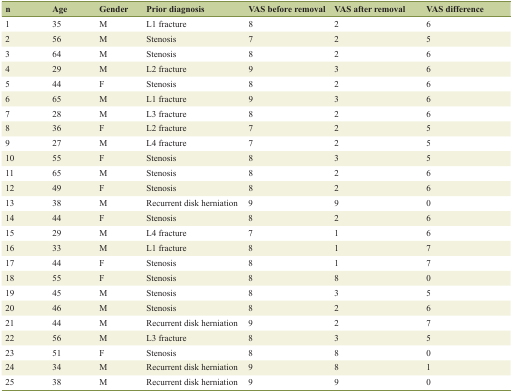
| n | Age | Gender | Prior diagnosis | VAS before removal | VAS after removal | VAS difference |
 | --- | --- | --- | --- | --- | --- | --- |
 | 1 | 35 | M | L1 fracture | 8 | 2 | 6 |
 | 2 | 56 | M | Stenosis | 7 | 2 | 5 |
 | 3 | 64 | M | Stenosis | 8 | 2 | 6 |
 | 4 | 29 | M | L2 fracture | 9 | 3 | 6 |
 | 5 | 44 | F | Stenosis | 8 | 2 | 6 |
 | 6 | 65 | M | L1 fracture | 9 | 3 | 6 |
 | 7 | 28 | M | L3 fracture | 8 | 2 | 6 |
 | 8 | 36 | F | L2 fracture | 7 | 2 | 5 |
 | 9 | 27 | M | L4 fracture | 7 | 2 | 5 |
 | 10 | 55 | F | Stenosis | 8 | 3 | 5 |
 | 11 | 65 | M | Stenosis | 8 | 2 | 6 |
 | 12 | 49 | F | Stenosis | 8 | 2 | 6 |
 | 13 | 38 | M | Recurrent disk herniation | 9 | 9 | 0 |
 | 14 | 44 | F | Stenosis | 8 | 2 | 6 |
 | 15 | 29 | M | L4 fracture | 7 | 1 | 6 |
 | 16 | 33 | M | L1 fracture | 8 | 1 | 7 |
 | 17 | 44 | F | Stenosis | 8 | 1 | 7 |
 | 18 | 55 | F | Stenosis | 8 | 8 | 0 |
 | 19 | 45 | M | Stenosis | 8 | 3 | 5 |
 | 20 | 46 | M | Stenosis | 8 | 2 | 6 |
 | 21 | 44 | M | Recurrent disk herniation | 9 | 2 | 7 |
 | 22 | 56 | M | L3 fracture | 8 | 3 | 5 |
 | 23 | 51 | F | Stenosis | 8 | 8 | 0 |
 | 24 | 34 | M | Recurrent disk herniation | 9 | 8 | 1 |
 | 25 | 38 | M | Recurrent disk herniation | 9 | 9 | 0 |